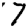
Digit: 7